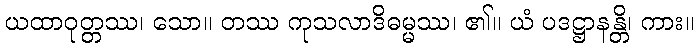
ယထာဝုတ္တဿ၊ သော။ တဿ ကုသလာဒိဓမ္မဿ၊ ၏။ ယံ ပဒဋ္ဌာနန္တိ၊ ကား။